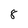
Character: 8